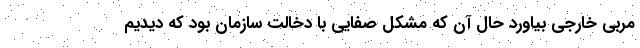
مربی خارجی بیاورد حال آن که مشکل صفایی با دخالت سازمان بود که دیدیم